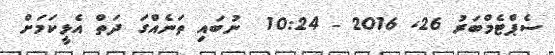
ސެޕްޓެމްބަރު 26